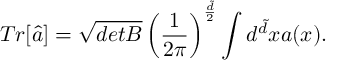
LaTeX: T r [ \hat { a } ] = \sqrt { d e t B } \left( \frac { 1 } { 2 \pi } \right) ^ { \frac { \tilde { d } } { 2 } } \int d ^ { \tilde { d } } x a ( x ) .